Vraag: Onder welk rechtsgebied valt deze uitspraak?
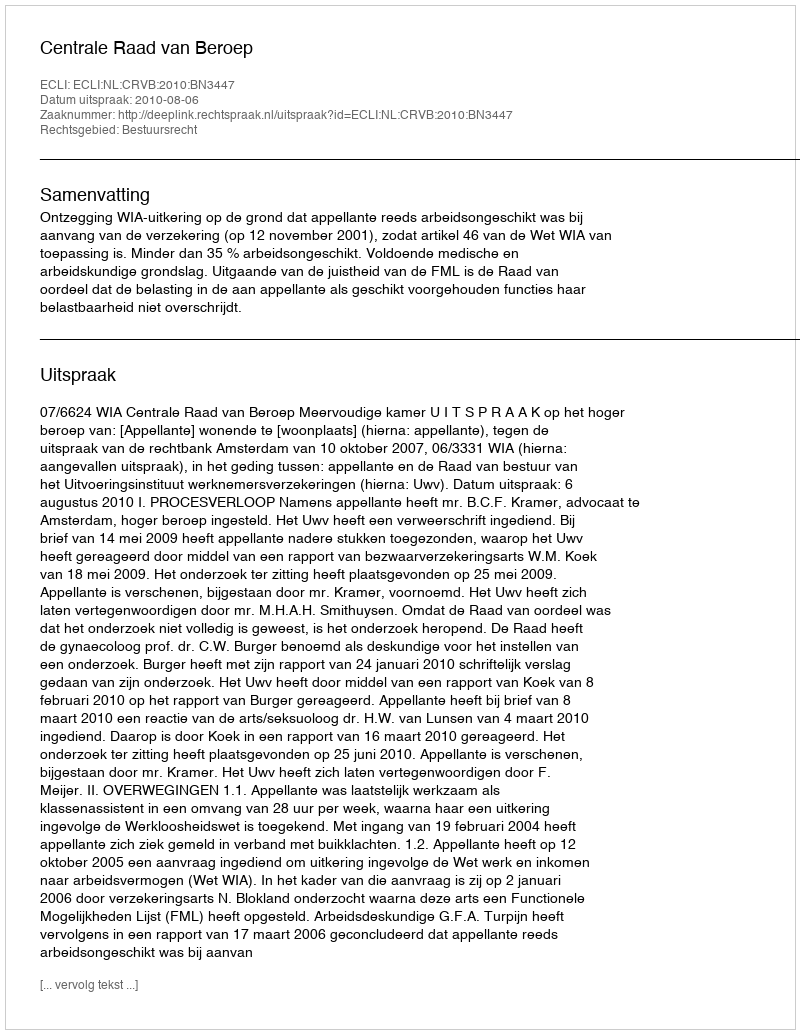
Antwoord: Bestuursrecht